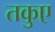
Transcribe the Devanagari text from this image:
तकुए